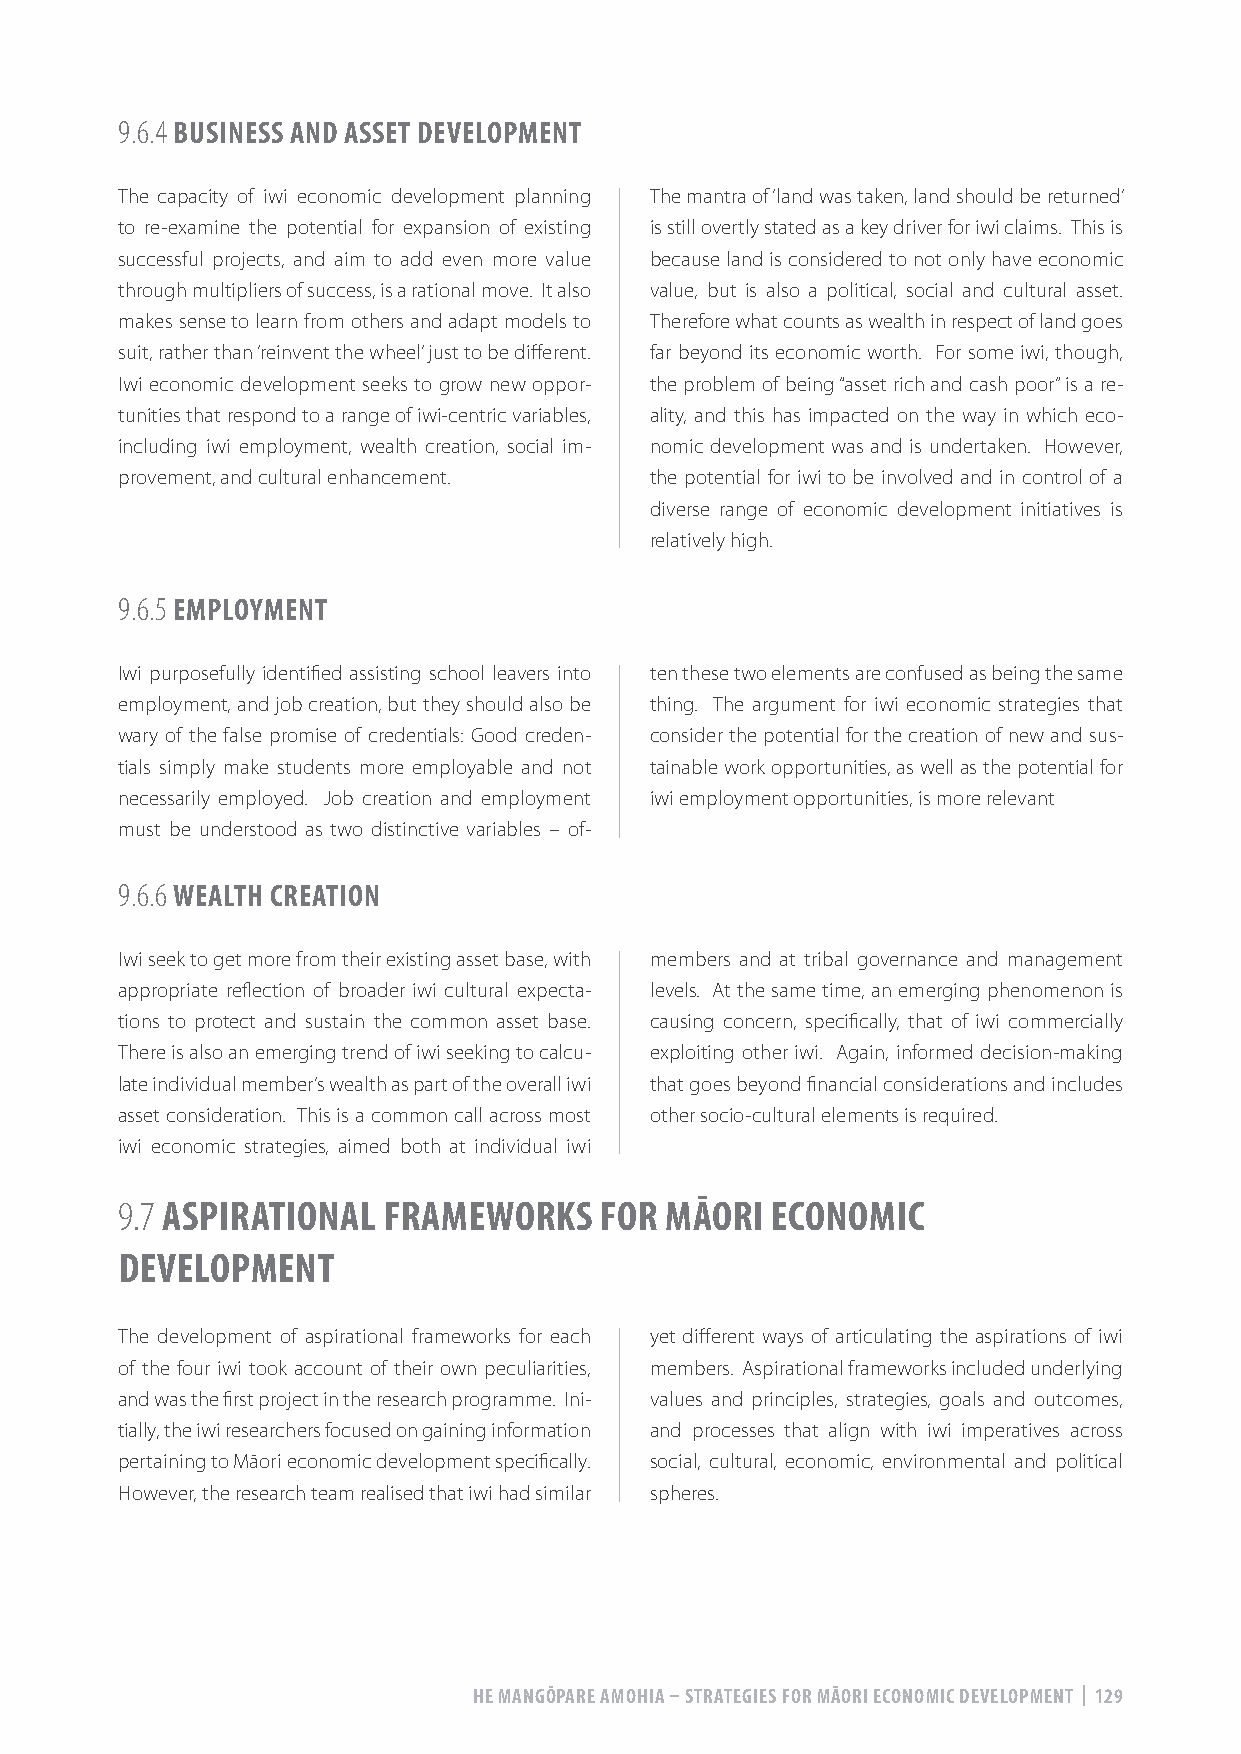
9.6.4 BUSINESS AND ASSET DEVELOPMENT
 The capacity of iwi economic development planning The mantra of ‘land was taken, land should be returned’
 to re-examine the potential for expansion of existing is still overtly stated as a key driver for iwi claims. This is
 successful projects, and aim to add even more value because land is considered to not only have economic
 through multipliers of success, is a rational move. It also value, but is also a political, social and cultural asset.
 makes sense to learn from others and adapt models to Therefore what counts as wealth in respect of land goes
 suit, rather than ‘reinvent the wheel’ just to be different. far beyond its economic worth. For some iwi, though,
 Iwi economic development seeks to grow new oppor- the problem of being “asset rich and cash poor” is a re-
 tunities that respond to a range of iwi-centric variables, ality, and this has impacted on the way in which eco-
 including iwi employment, wealth creation, social im- nomic development was and is undertaken. However,
 provement, and cultural enhancement. the potential for iwi to be involved and in control of a
 diverse range of economic development initiatives is
 relatively high.
 9.6.5 EMPLOYMENT
 Iwi purposefully identified assisting school leavers into ten these two elements are confused as being the same
 employment, and job creation, but they should also be thing. The argument for iwi economic strategies that
 wary of the false promise of credentials: Good creden- consider the potential for the creation of new and sus-
 tials simply make students more employable and not tainable work opportunities, as well as the potential for
 necessarily employed. Job creation and employment iwi employment opportunities, is more relevant
 must be understood as two distinctive variables – of-
 9.6.6 WEALTH CREATION
 Iwi seek to get more from their existing asset base, with members and at tribal governance and management
 appropriate reflection of broader iwi cultural expecta- levels. At the same time, an emerging phenomenon is
 tions to protect and sustain the common asset base. causing concern, specifically, that of iwi commercially
 There is also an emerging trend of iwi seeking to calcu- exploiting other iwi. Again, informed decision-making
 late individual member’s wealth as part of the overall iwi that goes beyond financial considerations and includes
 asset consideration. This is a common call across most other socio-cultural elements is required.
 iwi economic strategies, aimed both at individual iwi
 9.7 ASPIRATIONAL FRAMEWORKS     FOR MĀORI  ECONOMIC
 DEVELOPMENT
 The development of aspirational frameworks for each yet different ways of articulating the aspirations of iwi
 of the four iwi took account of their own peculiarities, members. Aspirational frameworks included underlying
 and was the first project in the research programme. Ini- values and principles, strategies, goals and outcomes,
 tially, the iwi researchers focused on gaining information and processes that align with iwi imperatives across
 pertaining to Māori economic development specifically. social, cultural, economic, environmental and political
 However, the research team realised that iwi had similar spheres.
 HE MANGŌPARE AMOHIA – STRATEGIES FOR MĀORI ECONOMIC DEVELOPMENT | 129